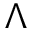
\Lambda